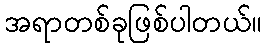
အရာတစ်ခုဖြစ်ပါတယ်။